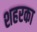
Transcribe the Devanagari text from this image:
शहरका